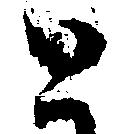
と